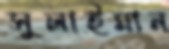
সুলাইমান